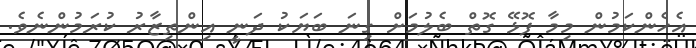
އެހެންކަމުން މިމާ ފޮޅޭ ގޮތް ބެލުމަށް ގިނަ ބަޔަކު ދަނީ އިންތިޒާރު ކުރަމުންނެވެ.